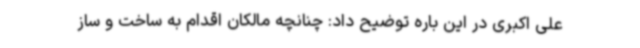
علی اکبری در این باره توضیح داد: چنانچه مالکان اقدام به ساخت ‌و ساز